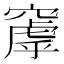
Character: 𬔑